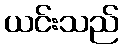
ယင်းသည်